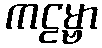
ကဠမ္ဗာ